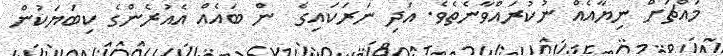
މައްޗަށް ނިޔާއެއް ނުކުރައްވާނެތެވެ. އަދި ނަރަކައިގެ  ން ބައެއް އެއުރެންގެ ކިބަޔަކުން